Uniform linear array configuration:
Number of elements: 24
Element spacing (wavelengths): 0.5
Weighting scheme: hann
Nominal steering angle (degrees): -15
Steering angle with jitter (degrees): -16.134
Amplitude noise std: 0.05
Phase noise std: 0.05

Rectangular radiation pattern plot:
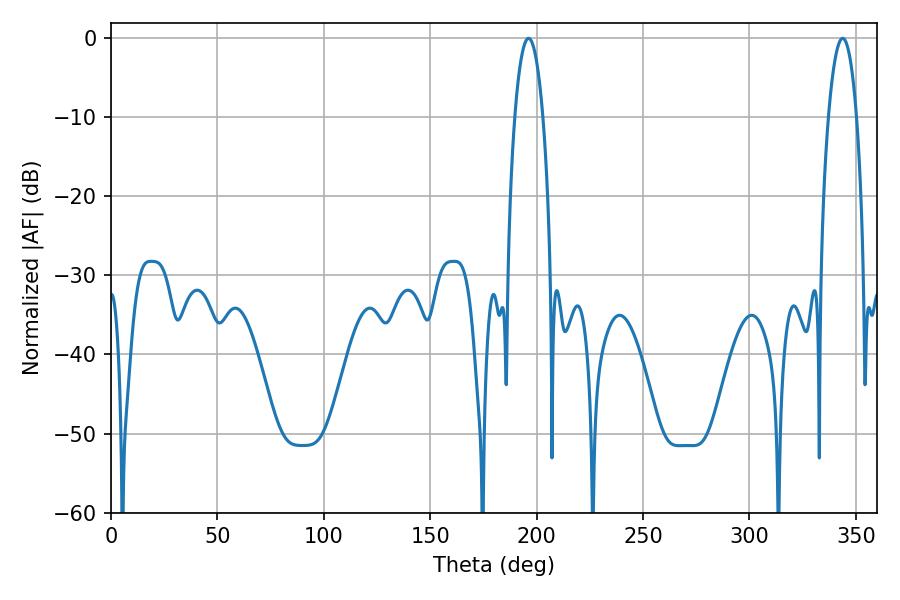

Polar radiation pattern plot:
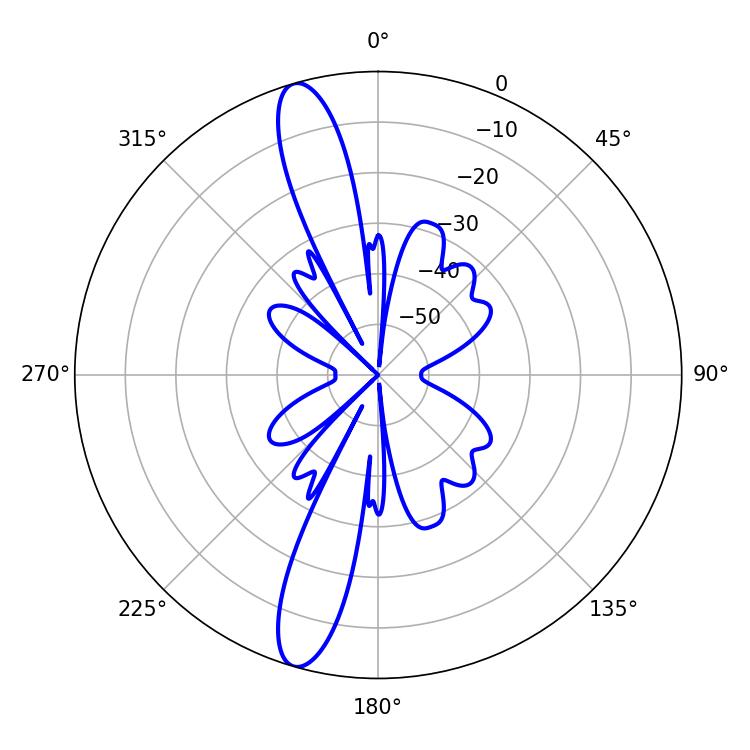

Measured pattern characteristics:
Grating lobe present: FALSE
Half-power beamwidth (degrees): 7.38
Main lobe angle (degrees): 196.2